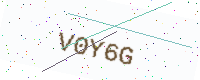
Text: V0Y6G